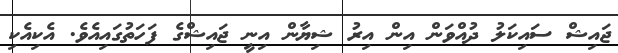
ޖައިޝް ސައިކަލު ދުއްވަން އިން އިރު ޝިޔާން އިނީ ޖައިޝްގެ ފަހަތުގައިއެވެ. އެކިއެކި